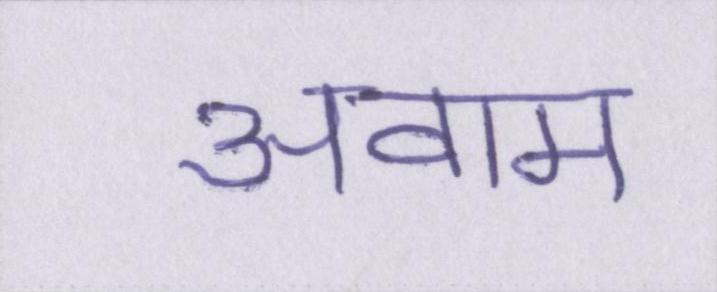
अवाम